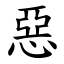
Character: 惡